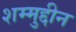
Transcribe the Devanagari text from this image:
शम्मुद्दीन